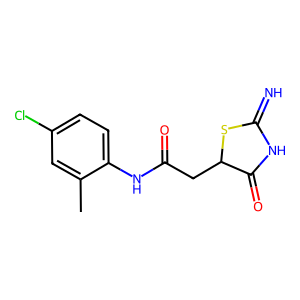
SMILES: Cc1cc(Cl)ccc1NC(=O)CC1SC(=N)NC1=O
Inhibits HIV replication: No